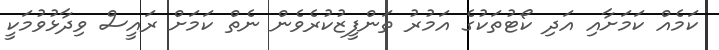
ކަމެއް ކަމަށާއި އަދި ކޯޓުތަކުގެ އަމުރު ތަންފީޒުކުރެވެން ނެތް ކަމަށް ރައީސް ވިދާޅުވުމަކީ